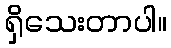
ရှိသေးတာပါ။